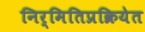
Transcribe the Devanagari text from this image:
निर्मितिप्रक्रियेत